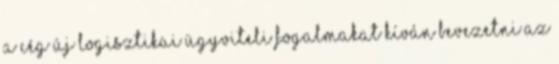
a cég új logisztikai ügyviteli fogalmakat kíván bevezetni az